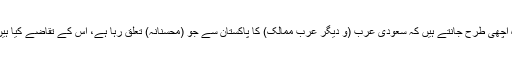
وہ اچھی طرح جانتے ہیں کہ سعودی عرب (و دیگر عرب ممالک) کا پاکستان سے جو (محسنانہ) تعلق رہا ہے، اس کے تقاضے کیا ہیں؟